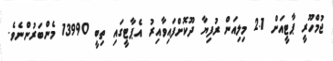
ޖުމްހޫރީ ޕާޓީއަށް 2.1 މިލިއަން ރުފިޔާ ދޫކޮށްފައިވާއިރު އެޕާޓީގައި ތިބީ 13990 މެންބަރުންނެވެ.